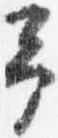
予